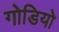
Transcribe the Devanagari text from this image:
गोडियो